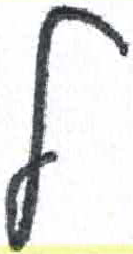
אות: ל